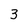
Character: 3